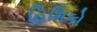
હિમિકો